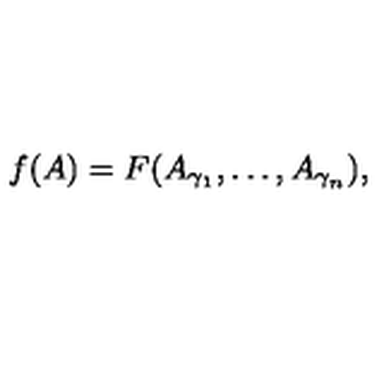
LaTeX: f ( A ) = F ( A _ { \gamma _ { 1 } } , \dots , A _ { \gamma _ { n } } ) ,